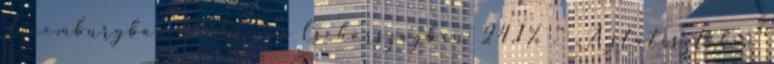
Luxemburgban 25,1% , és Csehországban 24,1% .” „A statisztikai